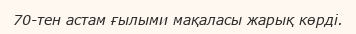
70-тен астам ғылыми мақаласы жарық көрді.